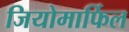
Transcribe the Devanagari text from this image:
जियोमार्फिल